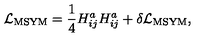
{ \cal L } _ { \mathrm { M S Y M } } = { \frac { 1 } { 4 } } H _ { i j } ^ { a } H _ { i j } ^ { a } + \delta { \cal L } _ { \mathrm { M S Y M } } ,